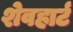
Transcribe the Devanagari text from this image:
शेवहार्ट